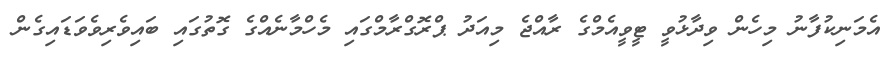
އެމަނިކުފާނު މިހެން ވިދާޅުވީ ޓީވީއެމްގެ ރާއްޖެ މިއަދު ޕްރޮގްރާމްގައި މެހްމާނެއްގެ ގޮތުގައި ބައިވެރިވެވަޑައިގެން